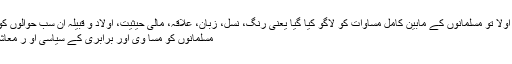
سیاسی حوالوں سے اولاً تو مسلمانوں کے مابین کامل مساوات کو لاگو کیا گیا یعنی رنگ، نسل، زبان، علاقہ، مالی حیثیت، اولاد و قبیلہ ان سب حوالوں کو سائیڈ لائن کر کے
مسلمانوں کو مسا وی اور برابری کے سیاسی او ر معاشی حقوق دیے گئے۔